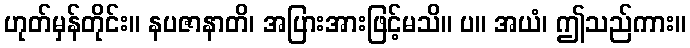
ဟုတ်မှန်တိုင်း။ နပဇာနာတိ၊ အပြားအားဖြင့်မသိ။ ပ။ အယံ၊ ဤသည်ကား။